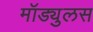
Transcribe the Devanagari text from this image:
मॉड्युलस